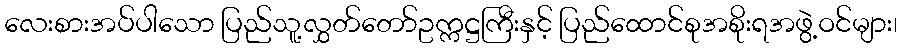
လေးစားအပ်ပါသော ပြည်သူ့လွှတ်တော်ဥက္ကဋ္ဌကြီးနှင့် ပြည်ထောင်စုအစိုးရအဖွဲ့ဝင်များ၊